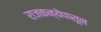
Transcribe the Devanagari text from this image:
राजकन्येपासून